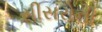
સીસરોની